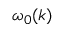
{ \omega } _ { 0 } ( k )